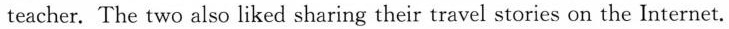
teacher. The two also liked sharing their travel stories on the Internet.